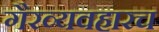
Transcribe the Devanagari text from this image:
गैरव्यवहारच